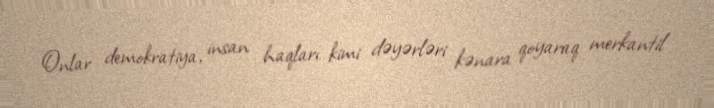
Onlar demokratiya, insan haqları kimi dəyərləri kənara qoyaraq merkantil